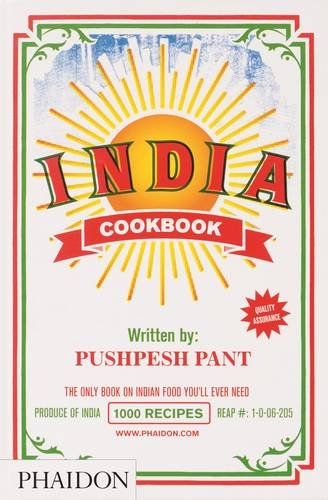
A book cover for India: The Cookbook; Pushpesh Pant; Cookbooks, Food & Wine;